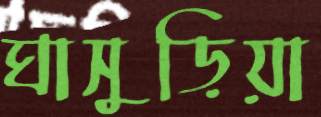
ঘাসুড়িয়া